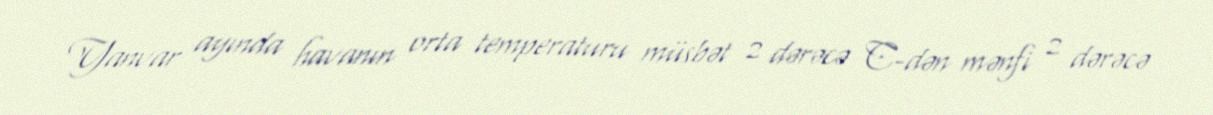
Yanvar ayında havanın orta temperaturu müsbət 2 dərəcə C-dən mənfi 2 dərəcə